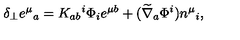
\delta _ { \perp } e ^ { \mu } { } _ { a } = K _ { a b } { } ^ { i } \Phi _ { i } e ^ { \mu b } + ( \widetilde \nabla _ { a } \Phi ^ { i } ) n ^ { \mu } { } _ { i } ,